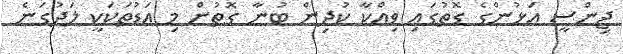
ޖިންސީ އަޅުންގެ ގޮތުގައި ވިއްކާ ކުދިން ބުނާ ގޮތުން މި އަޑުތަކަކީ ލަދުގަނެ